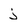
Character: j